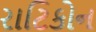
રાટિકોન